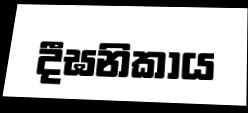
දීඝනිකාය